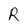
Character: R